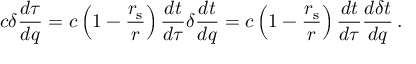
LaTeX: c \delta { \frac { d \tau } { d q } } = c \left( 1 - { \frac { r _ { \mathrm { { s } } } } { r } } \right) { \frac { d t } { d \tau } } \delta { \frac { d t } { d q } } = c \left( 1 - { \frac { r _ { \mathrm { { s } } } } { r } } \right) { \frac { d t } { d \tau } } { \frac { d \delta t } { d q } } \, .